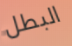
البطل